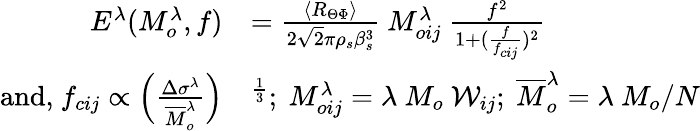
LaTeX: \begin{array}{rl}{E^{\lambda}(M_{o}^{\lambda},f)}&{=\frac{\langle R_{\Theta\Phi}\rangle}{2\sqrt{2}\pi\rho_{s}\beta_{s}^{3}}~M_{oij}^{\lambda}~\frac{f^{2}}{1+(\frac{f}{f_{cij}})^{2}}}\\ {\textnormal{and,}~f_{cij}\propto\Big(\frac{\Delta\sigma^{\lambda}}{\overline{{M}}_{o}^{\lambda}}\Big)}&{^{\frac{1}{3}};~M_{oij}^{\lambda}=\lambda~M_{o}~\mathcal{W}_{ij};~\overline{{M}}_{o}^{\lambda}=\lambda~M_{o}/N}\end{array}